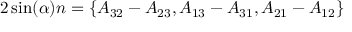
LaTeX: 2 \sin ( \alpha ) n = \{ A _ { 3 2 } - A _ { 2 3 } , A _ { 1 3 } - A _ { 3 1 } , A _ { 2 1 } - A _ { 1 2 } \}